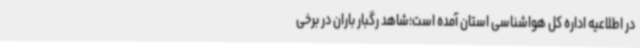
در اطلاعیه اداره کل هواشناسی استان آمده است؛‌شاهد رگبار باران در برخی